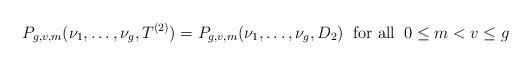
LaTeX: \begin{align*}P_{g,v,m}(\nu_1,\ldots,\nu_g,T^{(2)})=P_{g,v,m}(\nu_1,\ldots,\nu_g,D_2)\;\;\textup{for all}\;\; 0\leq m<v\leq g\end{align*}